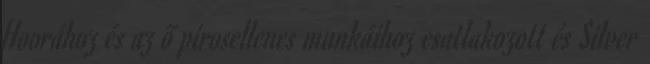
Hoorához és az ő pirosellenes munkáihoz csatlakozott és Silver